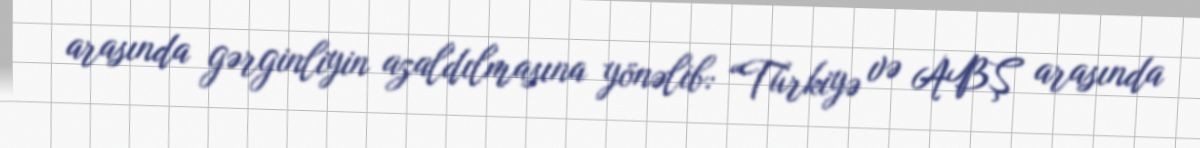
arasında gərginliyin azaldılmasına yönəlib: “Türkiyə və ABŞ arasında